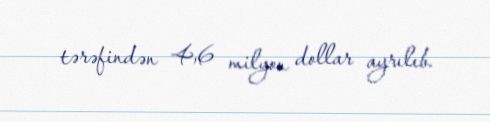
tərəfindən 4,6 milyon dollar ayrılıb.